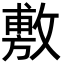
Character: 敷